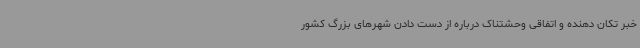
خبر تکان دهنده و اتفاقی وحشتناک درباره از دست دادن شهرهای بزرگ کشور